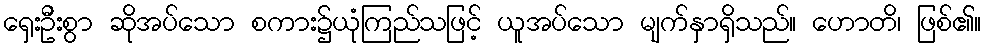
ရှေးဦးစွာ ဆိုအပ်သော စကား၌ယုံကြည်သဖြင့် ယူအပ်သော မျက်နှာရှိသည်။ ဟောတိ၊ ဖြစ်၏။